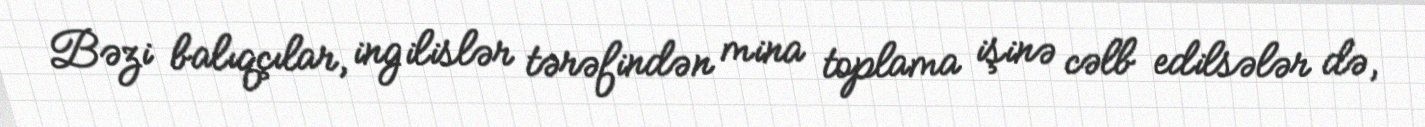
Bəzi balıqçılar, ingilislər tərəfindən mina toplama işinə cəlb edilsələr də,